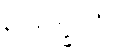
ဥဒုက္ခလံ